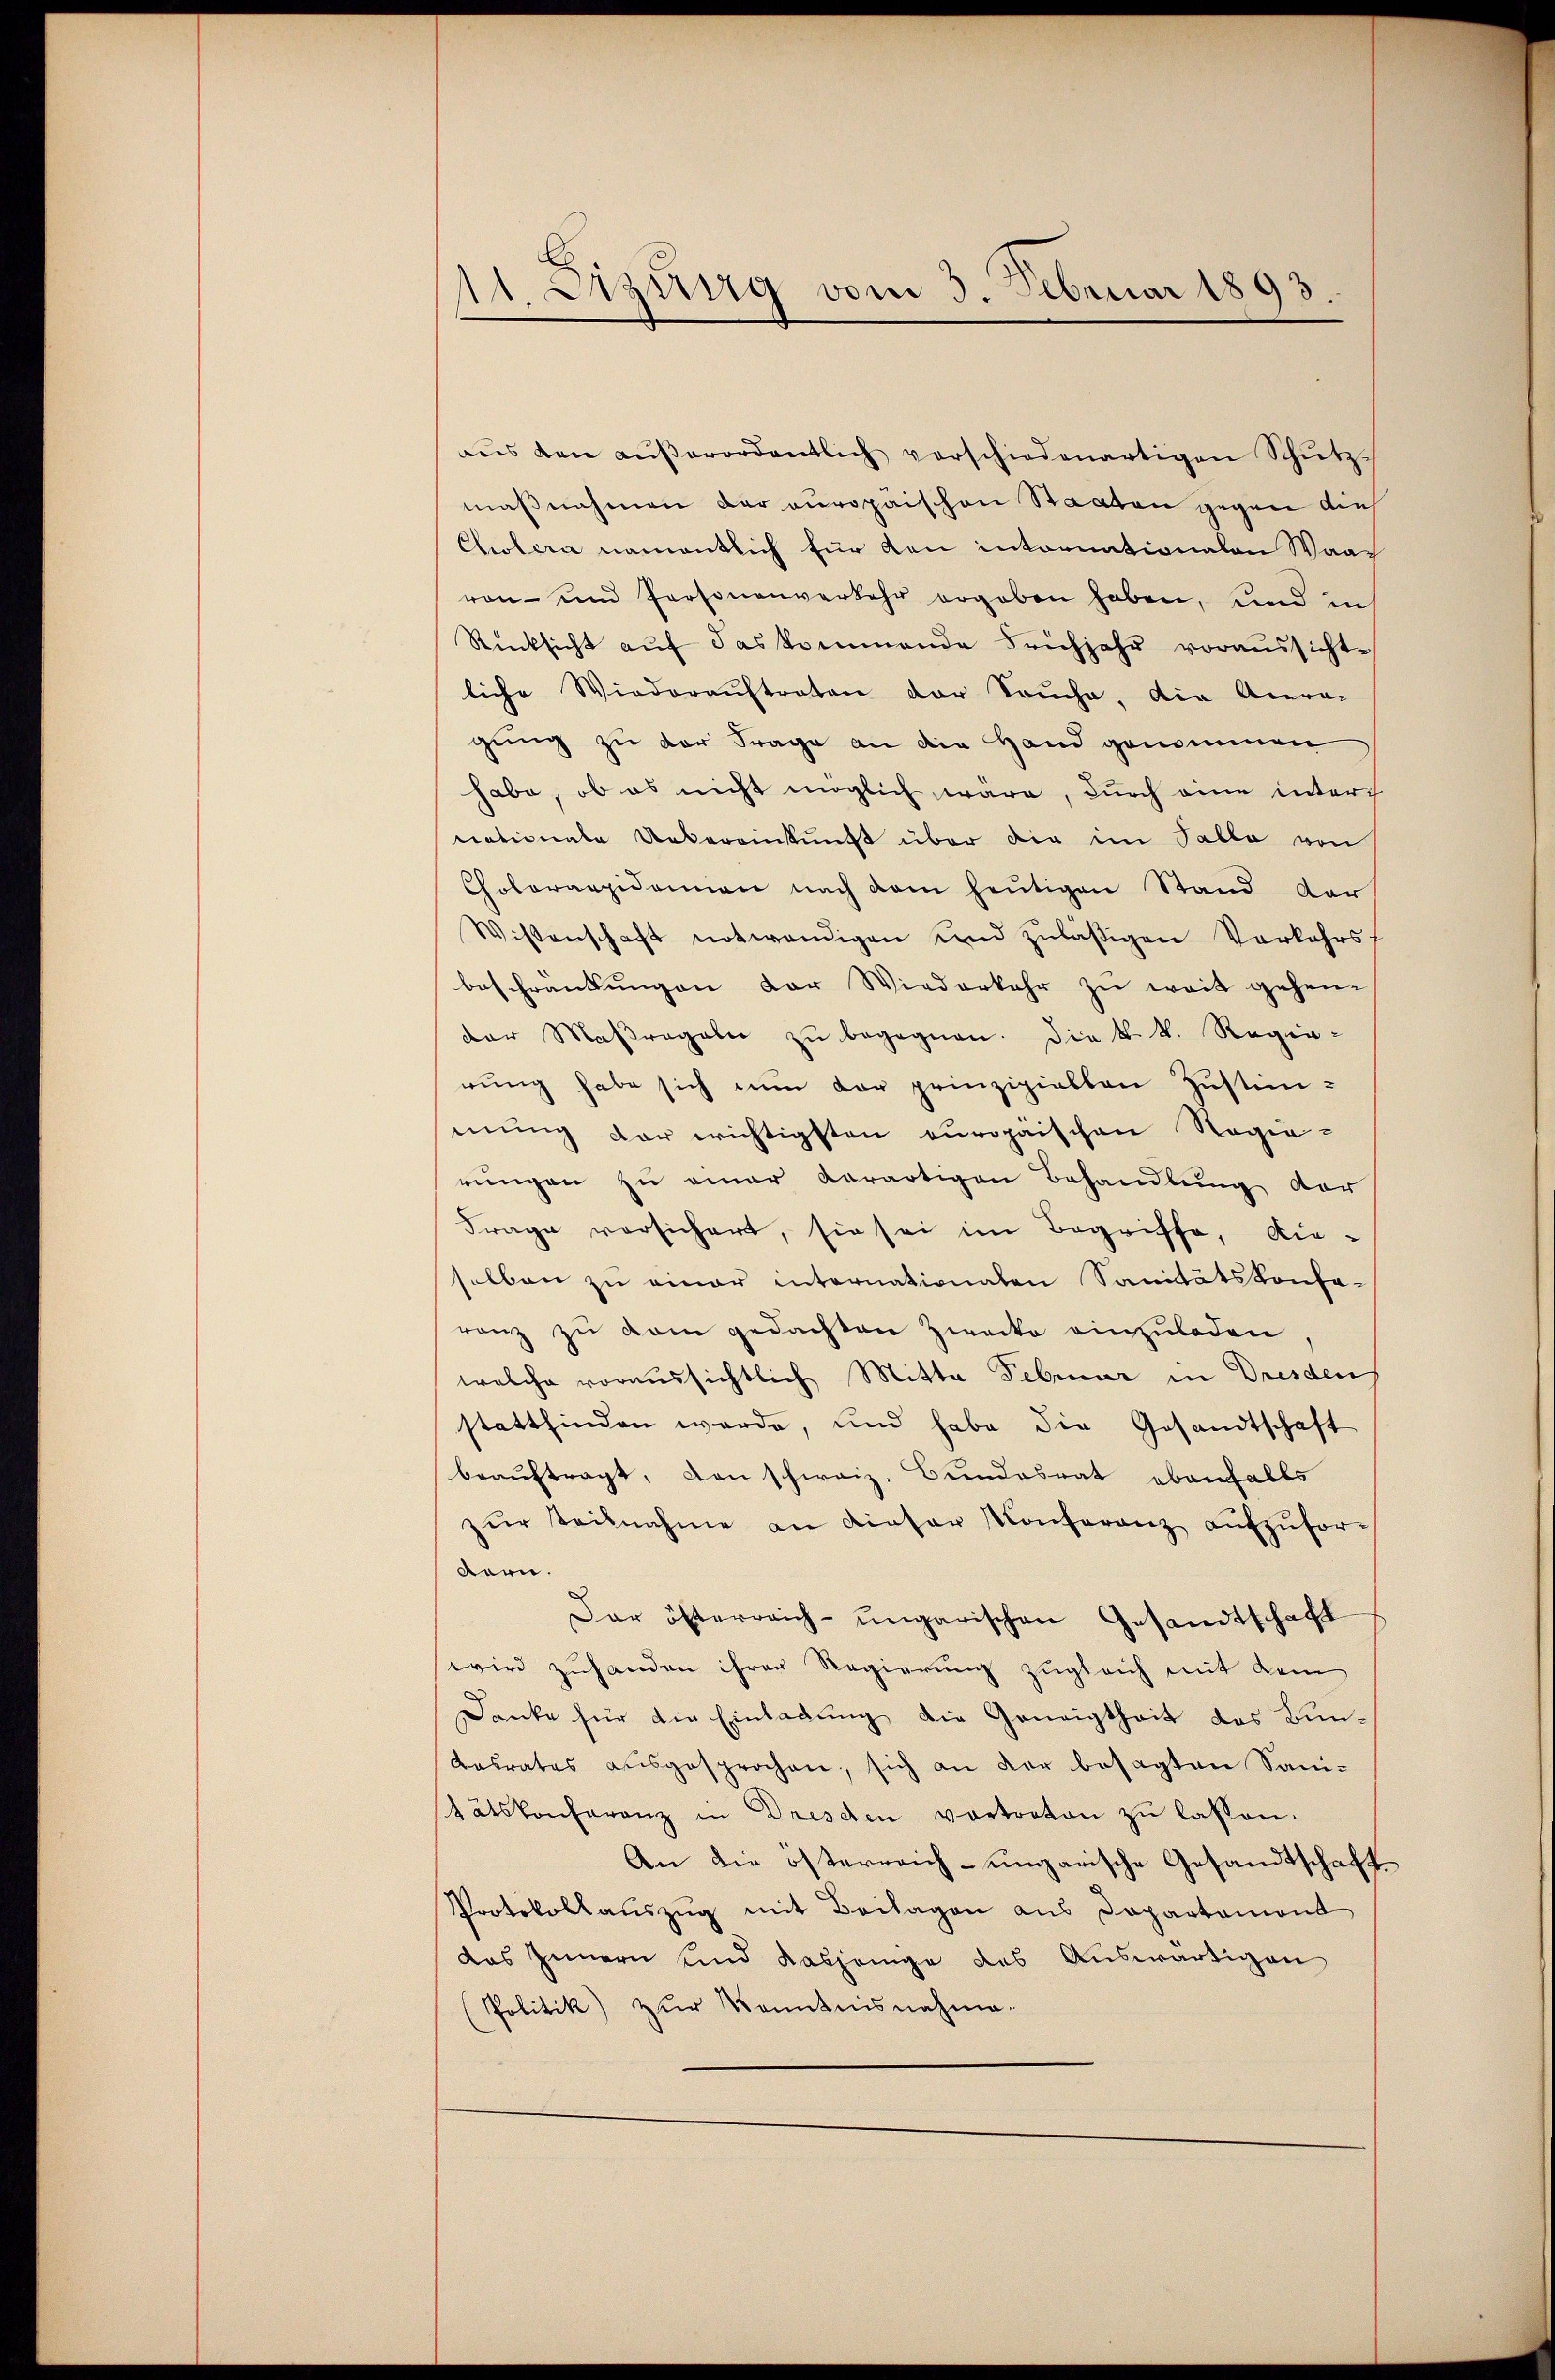
11 Dizung vom 3. Februar 1893.
e

aŭs den aŭβerordentlich verschiedenartigen Schŭtzmaßnahmen der europäischen Staaten gegen dies
Cholera namentlich für den intornationalen Waar
von- und Personenverkehr ergeben haben, und in
Rücksicht auf das kommende Frühjahr voraussicht-
liche Wiederauftraten der Souche, die Anra-
gung zu der Frage an die Hand genommen
habe, ob es nicht möglich wäre, durch eine interch
nationale Uebereinkunft über die im Talla von
Cholerappidemien nach dem heutigen Stand dar
Wissenschaft notwendigen und zuläßigen Vorkehrst
beschränkungen der Wiederkehr zu weit gehender Maßregeln zŭ begegnen. Die k. k. Regierung habe sich nun der prinzipiellen Zustimmung der wichtigsten europäischen Regierungen zu einer derartigen Behandlung der
Frage versichert, sie sei im Begriffe, dieselben zu einer internationaten Sanitätskonfa-
ranz zu vom gedachten Zwecke einzuladen
welche voraussichtlich Mitte Februar in Dresdens
stattfinden werde, und habe die Gesandtschaft
beauftragt, den schweiz. Bundesrat ebenfalls
zŭr Teilnahme an dieser Konferenz aŭfzŭfor-
Bern.
Dar österreich-ungarischen Gesandtschaft
wird zuhanden ihren Regierung zugleich mit dem
Danke für die Einladung die Geneigtheit des Bundesrates ausgesprochen, sich an der besagten Sanitätskonferenz in Dresden vertreten zu lassen.
An die österreich-ungarische Gesandtschaft
Protokollaŭszŭg mit Beilagen aus Departamont
das Innern und dasjenige des Auswärtigen
(Politik) zŭr Kenntnisnahme-